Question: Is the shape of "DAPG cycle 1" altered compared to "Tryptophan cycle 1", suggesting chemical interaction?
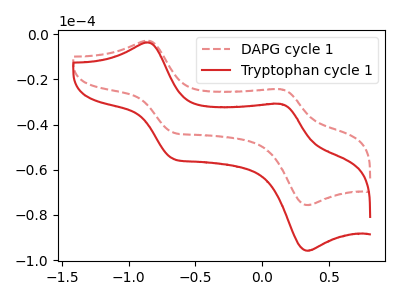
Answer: <think>The red dashed curve "DAPG cycle 1" has anodic peaks at (-0.85V, -2.95uA) (0.15V, -24.35uA) and cathodic peaks at (-0.65V, -43.50uA) (0.35V, -75.60uA). The red curve "Tryptophan cycle 1" has anodic peaks at (-0.85V, -3.70uA) (0.15V, -30.85uA) and cathodic peaks at (-0.65V, -55.10uA) (0.35V, -95.80uA).
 All the peaks in "DAPG cycle 1" have a peak in "Tryptophan cycle 1" at the same potential.</think>
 <answer>No, "DAPG cycle 1" and "Tryptophan cycle 1" don't appear to be significantly different in shape</answer>
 <eval>no_change</eval>